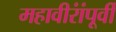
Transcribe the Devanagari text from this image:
महावीरांंपूर्वी